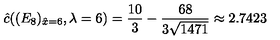
\hat { c } ( ( E _ { 8 } ) _ { \hat { x } = 6 } , \lambda = 6 ) = \frac { 1 0 } { 3 } - \frac { 6 8 } { 3 \sqrt { 1 4 7 1 } } \approx 2 . 7 4 2 3